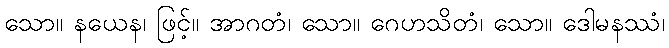
သော။ နယေန၊ ဖြင့်။ အာဂတံ၊ သော။ ဂေဟသိတံ၊ သော။ ဒေါမနဿံ၊